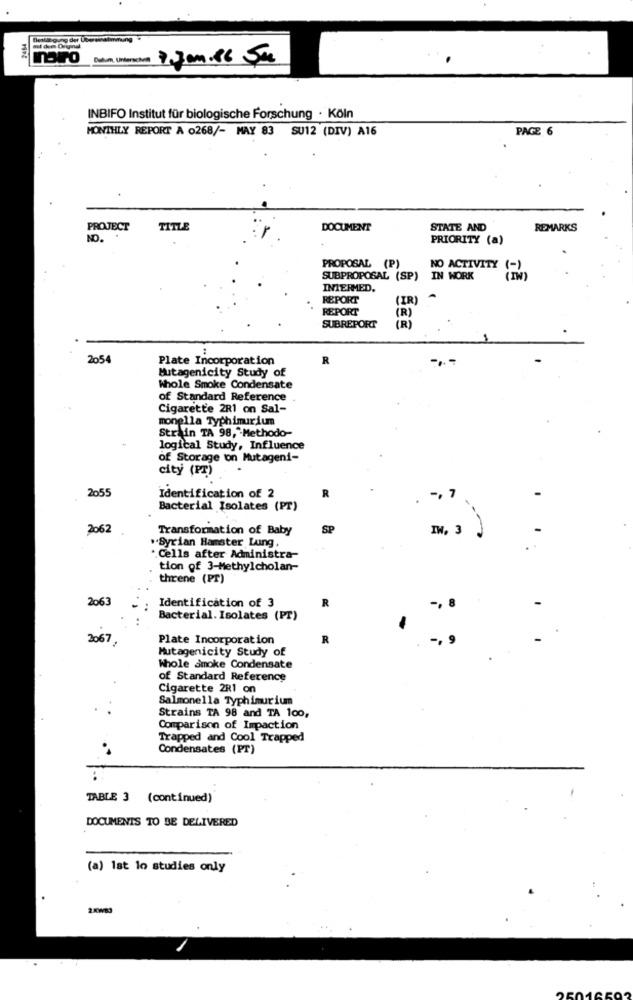
3484
festlegung der Ube serafinming
INBIFO Institut für biologische Forschung · Köln
MONTHLY REPORT A 0268/- MAY 83 SU12 (DIV) A16
PAGE 6
PROJECT
TITLE
DOCUMENT
STATE AND
REMARKS
NO.
PRIORITY (a)
PROPOSAL (P)
NO ACTIVITY
SUBPROPOSAL (SP) IN WORK
INTERMED.
REPORT
(IR)
REPORT
(R)
SUBREPORT
(R)
2054
Plate Incorporation
R
-. -
Mutagenicity Study of
Whole Smoke Condensate
of Standard Reference
Cigarette 2R1 on Sal-
monella Typhimurium
Strain TA 98,"Methodo-
logical Study, Influence
of Storage ton Mutageni-
city (PT)
2055
R
Identification of 2
-, 7
Bacterial Isolates (PT)
2062
Transformation of Baby
SP
IN, 3
"Syrian Hamster Lung ,
· Cells after Administra-
tion of 3-Methylcholan-
threne (PT)
2063
Identification of 3
R
-. 8
Bacterial. Isolates (PT)
2067
Plate Incorporation
Mutagenicity Study of
Whole smoke Condensate
of Standard Reference
Cigarette 2R1 on
Salmonella Typhimurium
Strains TA 98 and TA 100,
Comparison of Impaction
Trapped and Cool Trapped
Condensates (PT)
TABLE 3 (continued)
DOCUMENTS TO BE DELIVERED
(a) 1st lo studies only
2KWB3